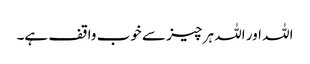
اللہ اور اللہ ہر چیز سے خوب واقف ہے۔